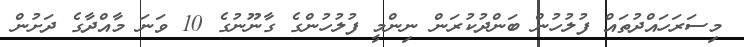
މިސަރަހައްދުތައް ފުލުހުން ބަންދުކުރަން ނިންމީ ފުލުހުންގެ ގާނޫނުގެ 10 ވަނަ މާއްދާގެ ދަށުން